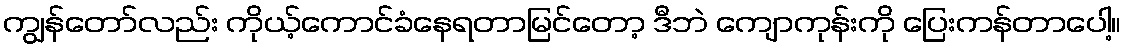
ကျွန်တော်လည်း ကိုယ့်ကောင်ခံနေရတာမြင်တော့ ဒီဘဲ ကျောကုန်းကို ပြေးကန်တာပေါ့။